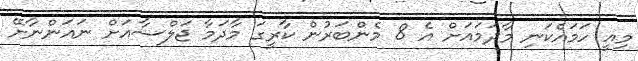
މިއީ ހަމައެކަނި މާދަމައަށް އެ 8 މެންބަރުން ކާރީގަ މާދަމާ ޖަލްސާއަށް ނައަންނާށޭ